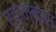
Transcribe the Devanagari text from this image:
रुक्मकेस